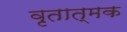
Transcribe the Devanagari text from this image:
वृतात्मक